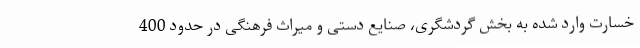
خسارت وارد شده به بخش گردشگری، صنایع دستی و میراث فرهنگی در حدود 400